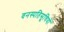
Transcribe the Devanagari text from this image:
वनस्पतिसूचियों